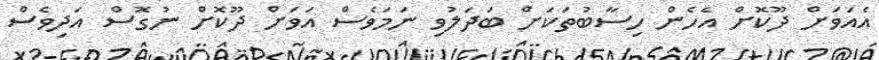
އެއަވަށް ދޫކޮށް އެހެން ހިސާބުތަކަށް ބަދަލުވި ނަމަވެސް އަވަށް ދޫކޮށް ނުގޮސް އަދިވެސް